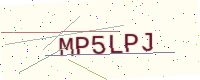
Text: MP5LPJ